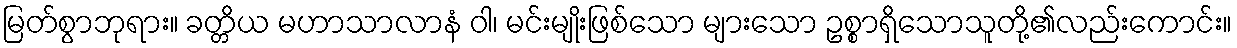
မြတ်စွာဘုရား။ ခတ္တိယ မဟာသာလာနံ ဝါ၊ မင်းမျိုးဖြစ်သော များသော ဥစ္စာရှိသောသူတို့၏လည်းကောင်း။